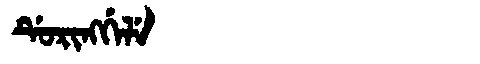
Manchu: ᡩᡠᡵᡳᠩᡤᡝᠯᡝ
Romanization: DURINGGELE